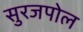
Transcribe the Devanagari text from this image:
सुरजपोल